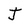
Character: J